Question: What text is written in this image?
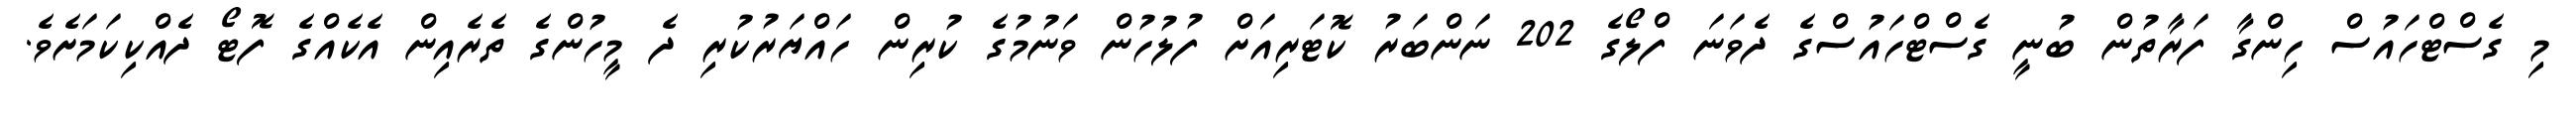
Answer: މި ގެސްޓްހައުސް ހިންގާ ފަރާތުން ބުނީ ގެސްޓްހައުސްގެ ދެވަނަ ފްލޯގެ 202 ނަންބަރު ކޮޓަރިއަށް ފުލުހުން ވަނުމުގެ ކުރިން ހައްޔަރުކުރި ދެ މީހުންގެ ތެރެއިން އެކެއްގެ ފޮޓޯ ދެއްކިކަމަށެވެ.